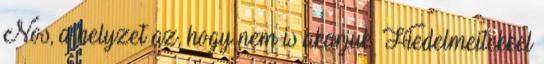
Nos, a helyzet az, hogy nem is akarjuk. Hiedelmeitekkel